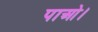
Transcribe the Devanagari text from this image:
पाओ।